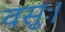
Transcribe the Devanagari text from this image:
वसुः।